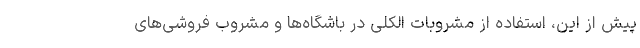
پیش از این، استفاده از مشروبات الکلی در باشگاه‌ها و مشروب فروشی‌های